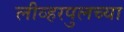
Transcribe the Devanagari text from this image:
लीव्हरपुलच्या